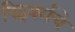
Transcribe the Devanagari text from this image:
पिट्सबर्गचे